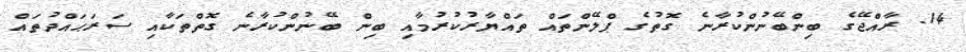
14. ރާއްޖޭގެ ބިންބޭނުންކުރާނެ ގޮތުގެ ޕްލޭންތައް ތައްޔާރުކުރުމާއި ބިން ބޭނުންކުރާނެ ގޮތްތަކާއި ސަރަޙައްދުތައް